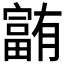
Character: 𪧰